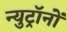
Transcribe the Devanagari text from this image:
न्युट्रॉनों